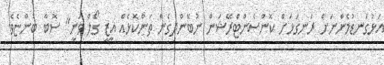
އަޅުގަނޑުމެންނަށް ރަނގަޅަށް ކޮންސެންޓްރޭޝަން ނުބޭންދިގެން ތަންކޮޅެއް އީޒީ ގޯލް ވަނީ" ސޮބާ ބުންޏެވެ.